Indian journal of veterinary science and animal husbandry - Volume 1,
Year: 1931
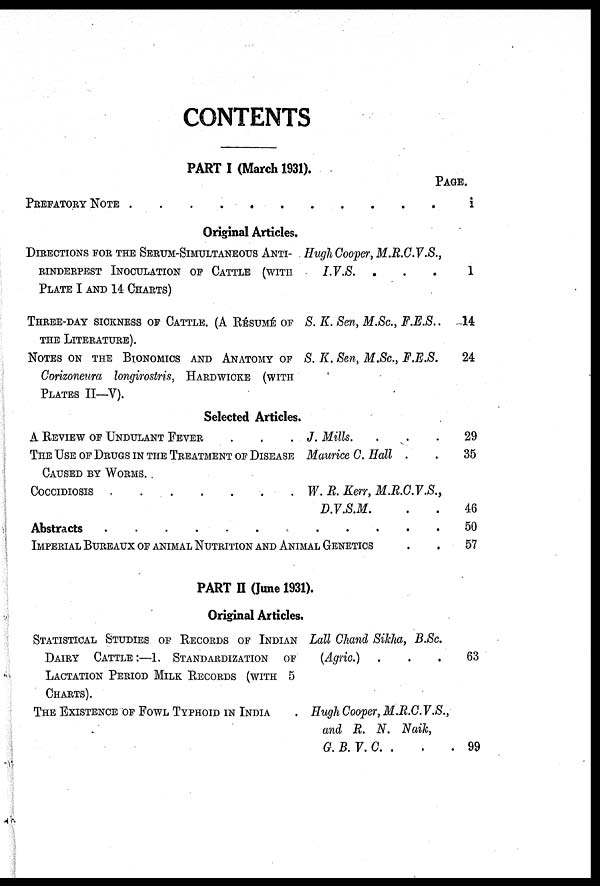
CONTENTS
PART I (March 1931).
PAGE.
PREFATORY NOTE .
.
.
.
.
.
.
.
i
Original Articles.
DIRECTIONS FOR THE SERUM-SIMULTANEOUS ANTI¬
RINDERPEST INOCULATION OF CATTLE (WITH
PLATE I AND 14 CHARTS)
THREE-DAY SICKNESS OF CATTLE. (A RÉSUMÉ OF
THE LITERATURE).
NOTES ON THE BIONOMICS AND ANATOMY OF
Corizoneura longirostris, HARDWICKE (WITH
PLATES II—V).
Hugh Cooper, M.R.C.V.S.,
I.V.S. . . .
S. K. Sen, M.Sc., F.E.S..
S. K. Sen, M.Sc., F.E.S.
1
14
24
Selected Articles.
A REVIEW OF UNDULANT FEVER
THE USE OF DRUGS IN THE TREATMENT OF DISEASE
CAUSED BY WORMS.
COCCIDIOSIS
.
.
Abstracts
.......
J. Mills.
Maurice C. Hall .
W. R. Kerr, M.R.C.V.S.,
D.V.S.M.
.
IMPERIAL BUREAUX OF ANIMAL NUTRITION AND ANIMAL GENETICS
29
35
46
50
57
PART II (June 1931).
Original Articles.
STATISTICAL STUDIES OF RECORDS OF INDIAN
DAIRY CATTLE:—1. STANDARDIZATION OF
LACTATION PERIOD MILK RECORDS (WITH 5
CHARTS).
THE EXISTENCE OF FOWL TYPHOID IN INDIA
Lall Chand Sikha, B.Sc.
(Agric.) .
Hugh Cooper, M.R.C.V.S.,
and R. N. Naik,
G. B. V. C. .
63
99